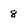
Character: 8